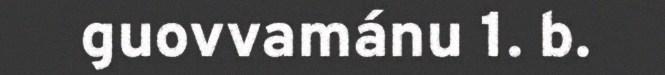
guovvamánu 1. b.